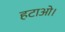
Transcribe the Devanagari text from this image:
हटाओ।